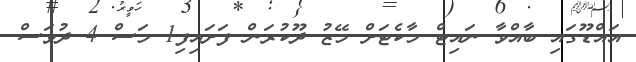
އައްޑޫގައި ބާއްވާ ނައިޓް މާކެޓަށް މޭޒު ދޫކުރަން ފަށައިފި1 މަސް 4 ދުވަސް